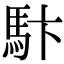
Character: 𩡼